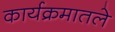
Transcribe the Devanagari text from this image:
कार्यक्रमातले